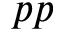
p p